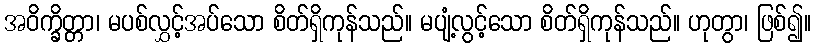
အဝိက္ခိတ္တာ၊ မပစ်လွှင့်အပ်သော စိတ်ရှိကုန်သည်။ မပျံ့လွင့်သော စိတ်ရှိကုန်သည်။ ဟုတွာ၊ ဖြစ်၍။